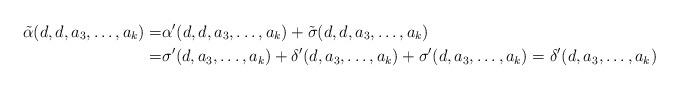
LaTeX: \begin{align*}\tilde{\alpha}(d,d,a_3, \dots, a_k) = &\alpha'(d,d,a_3, \dots, a_k) + \tilde{\sigma}(d,d,a_3, \dots, a_k) \\=& \sigma'(d,a_3, \dots, a_k) + \delta'(d,a_3, \dots, a_k) + \sigma'(d,a_3, \dots, a_k) = \delta'(d,a_3, \dots, a_k)\end{align*}